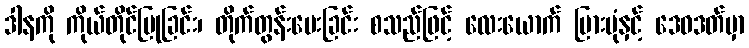
ဒါနကို ကိုယ်တိုင်ပြုခြင်း၊ တိုက်တွန်းပေးခြင်း စသည်ဖြင့် လေးယောက် ပြားပုံနှင့် ဒေဝဒတ်မှာ